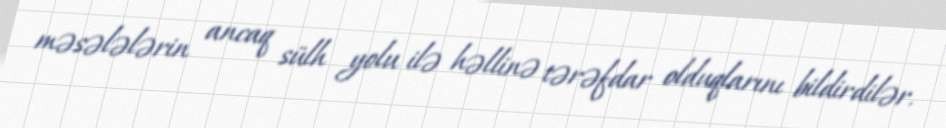
məsələlərin ancaq sülh yolu ilə həllinə tərəfdar olduqlarını bildirdilər.